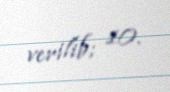
verilib; 10.